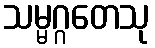
သမ္မဂ္ဂတေသု